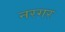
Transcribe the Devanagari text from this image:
नरगर